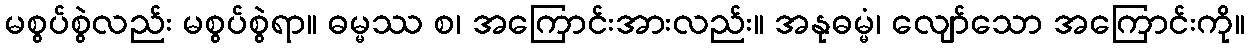
မစွပ်စွဲလည်း မစွပ်စွဲရာ။ ဓမ္မဿ စ၊ အကြောင်းအားလည်း။ အနုဓမ္မံ၊ လျော်သော အကြောင်းကို။